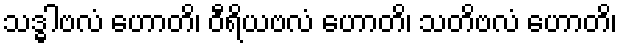
သဒ္ဓါဗလံ ဟောတိ၊ ဝီရိယဗလံ ဟောတိ၊ သတိဗလံ ဟောတိ၊